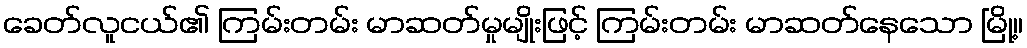
ခေတ်လူငယ်၏ ကြမ်းတမ်း မာဆတ်မှုမျိုးဖြင့် ကြမ်းတမ်း မာဆတ်နေသော မြို့။